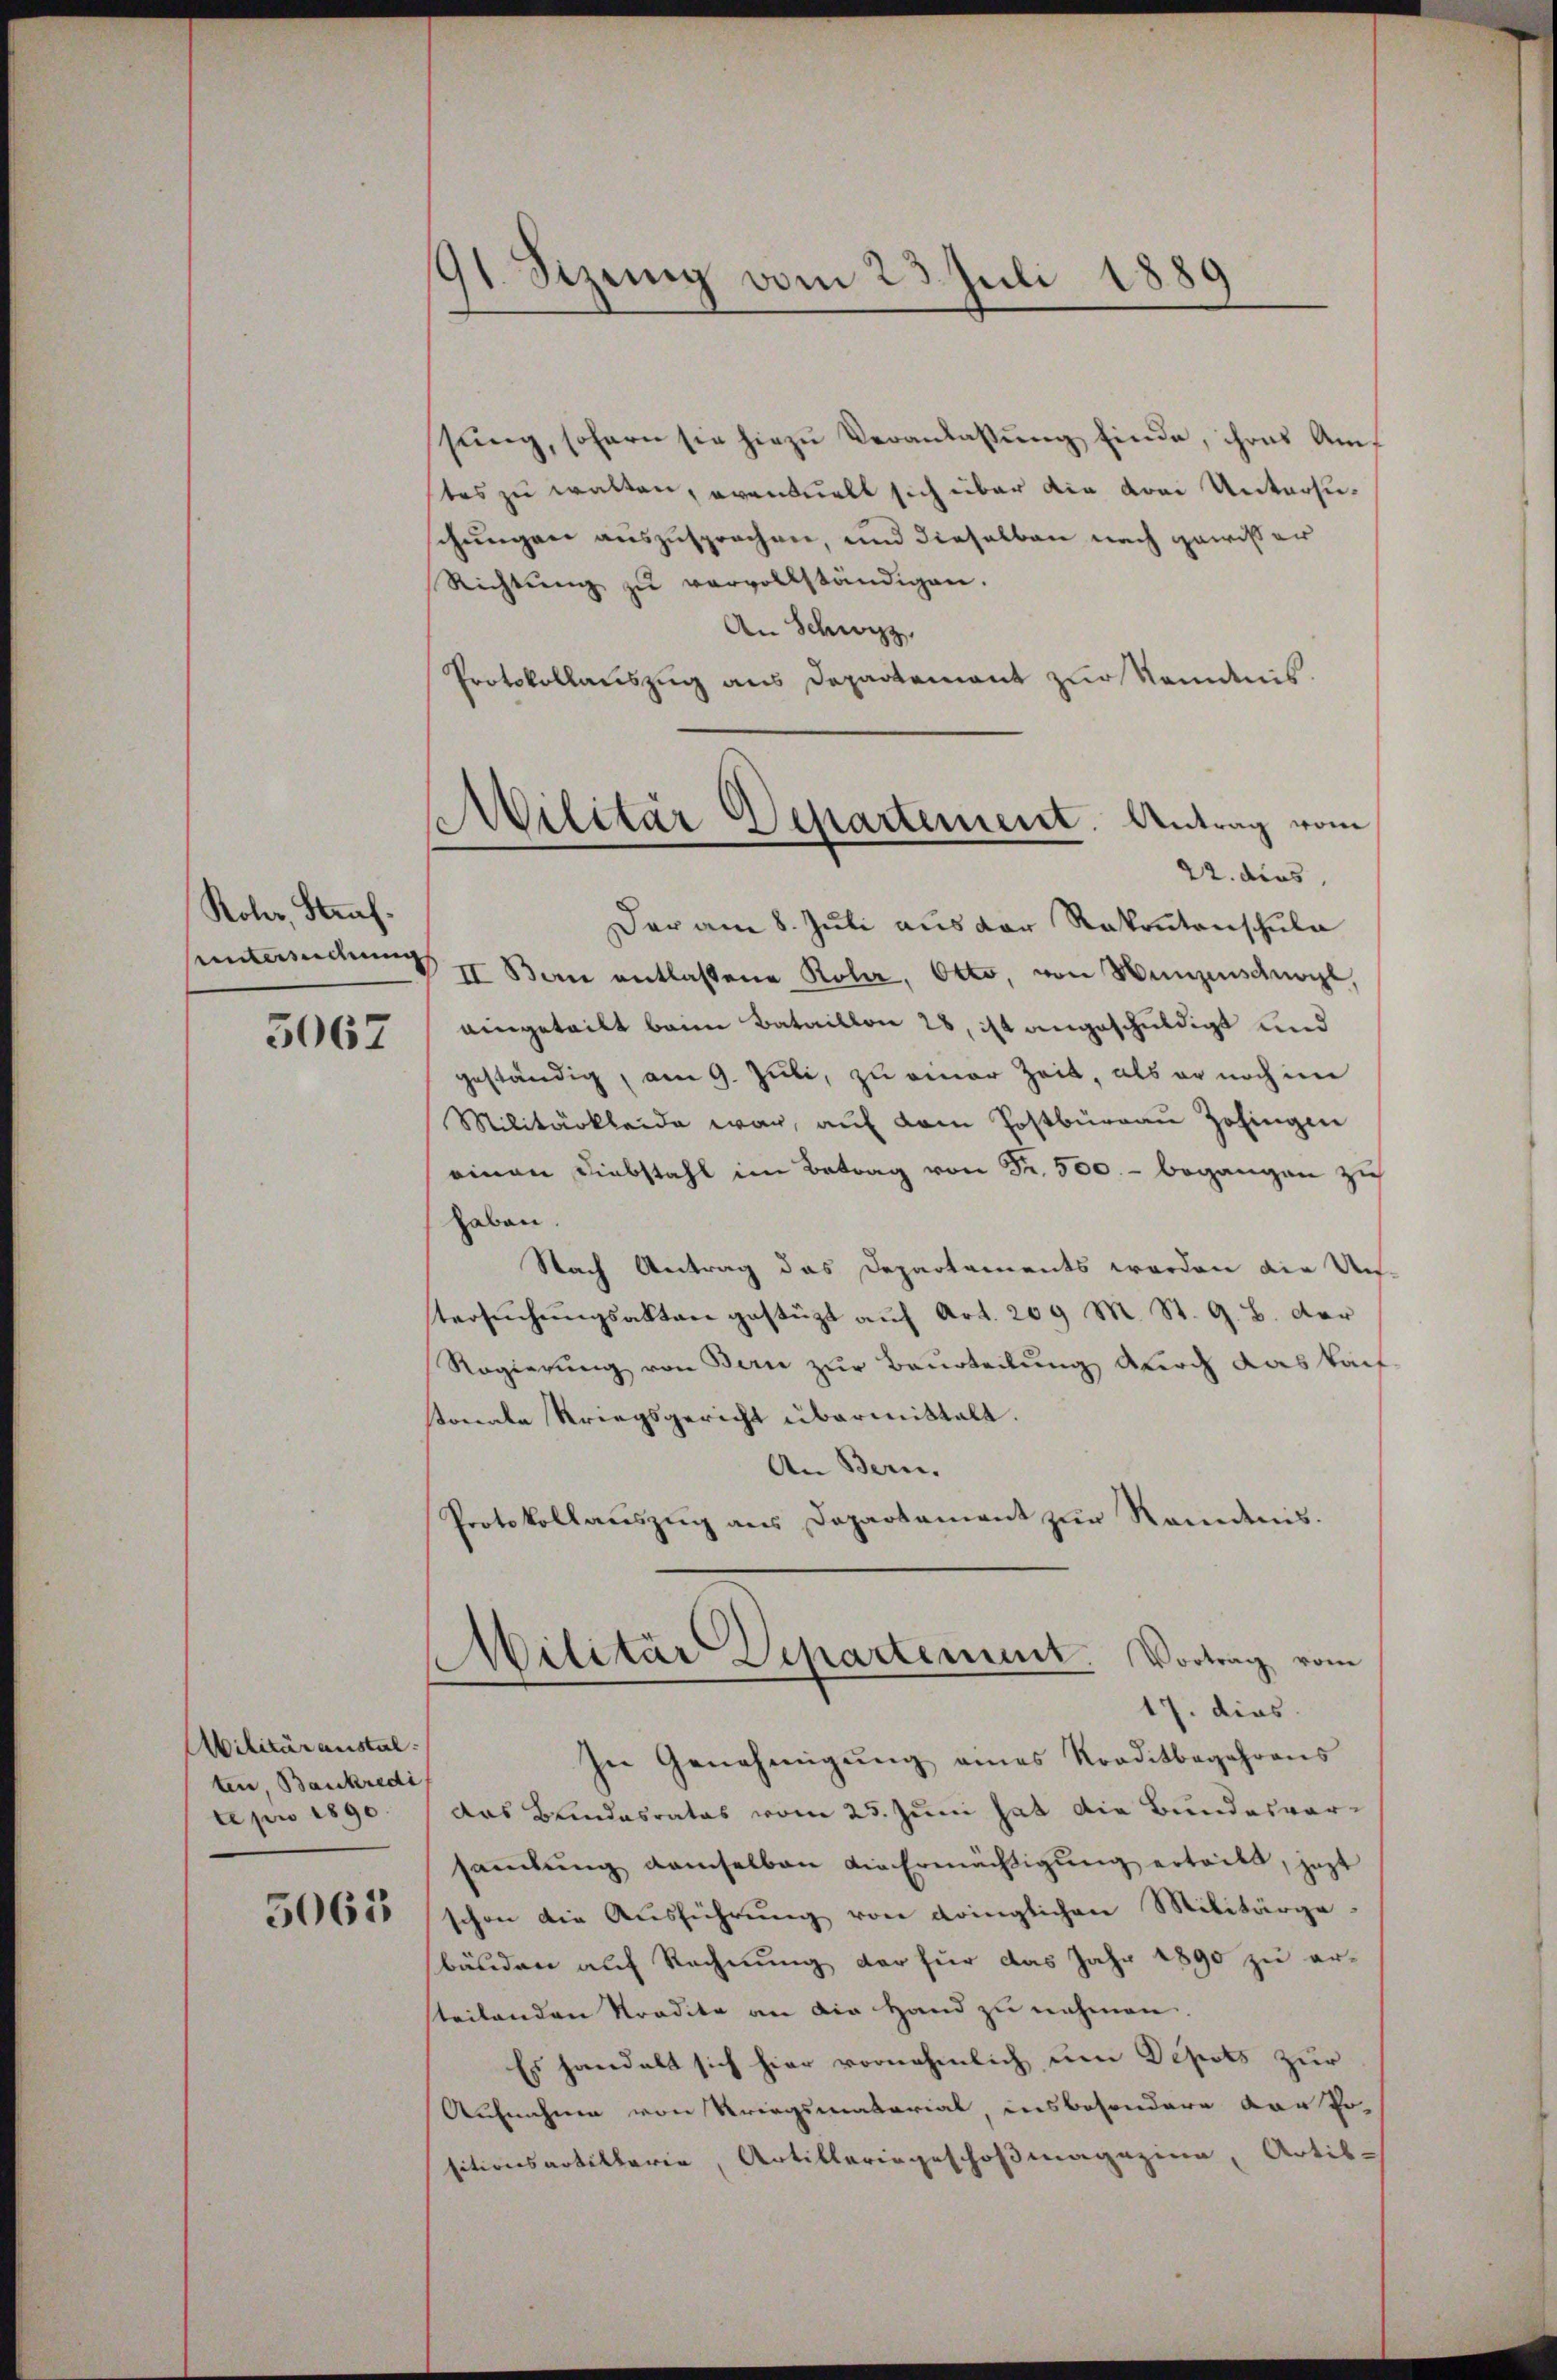
Koler, Straf.

5067

Abilitäranstal.
ten, Bankredi
te pro 1890.

5065

91 Sizung vom 23. Juli 1881
3

ssung, sofern sie hiezu Veranlassung finde, ihres Amstes zu walten, eventuell sich über die vom Untersuschungen auszusprochen, und dieselben nach gewisser
Richtŭng zŭ vervollständigen.
An Schwyz,
Protokollauszug aus Departement zur Kenntnis.
Der am 8. Juli aus der Rekontenschula
Untersuchung II Bau entlaßene Rola, Otto, von Münzenschnögl,
eingeteilt beim Bataillon 28, ist angeschuldigt und
geständig, am 9. Juli, zu einer Zeit, als er noch im
Militärkleide war, auf dem Postbürgau Zofingen
einen Diebstahl im Betrag von Fr. 500.- begangen zu
haben.
Nach Antrag das Departaments worden die Un-
tersŭchŭngsakten gestützt aŭf Art. 209 M. St. G. B. der
Regierung von Bern zur Beurteilung durch das kauf-
tonale Kriegsgericht übermittelt.
An Bern.
Protokollauszug aus Departement zur Kenntnis.
Militär Departement. Vortrag vom
17. dies
In Genehmigŭng eines Kreditbegehrens
das Bundesrates vom 25. Juni hat die Bundesversammlung demselben die Ermächtigung ertritt, jezt
schon die Ausführung von dringlichen Militärge-
bänden auf Rechnung der für das Jahr 1890 zu erteilenden Stradite an die Hand zu nehmen.
Es handelt sich hier vornehmlich um Depots zur
Aufnahme von Kriegsmaterial, insbesondere vor Positionsartillerie, Artilleringeschoßmagazina, Artis-

AMilitär Departement. Antrag vom
22. dies,